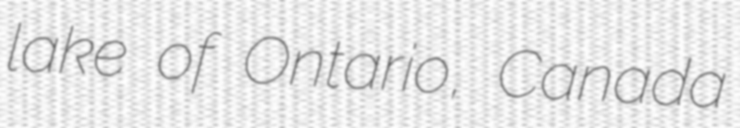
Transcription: lake of Ontario, Canada